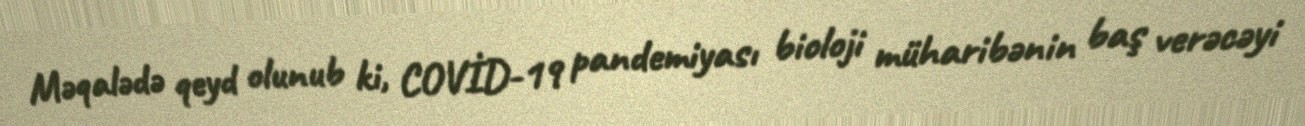
Məqalədə qeyd olunub ki, COVİD-19 pandemiyası bioloji müharibənin baş verəcəyi